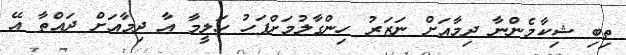
ތިބި ޝިކާމެންނާ ދިމާއަށް ނަޒަރު ހިންގާލުމަށްފަހު ހަލީމާ އާ ދިމާއަށް ދައްތާ އޭ